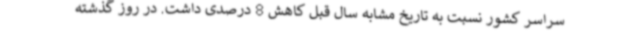
سراسر کشور نسبت به تاریخ مشابه سال قبل کاهش 8 درصدی داشت. در روز گذشته